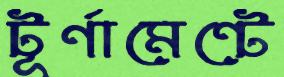
টূর্ণামেন্টে